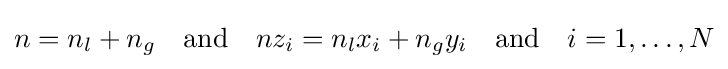
n=n_{l}+n_{g}\quad {\text{and}}\quad nz_{i}=n_{l}x_{i}+n_{g}y_{i}\quad {\text{and}}\quad i=1,\ldots ,N